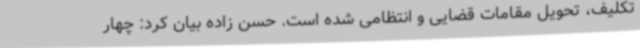
تکلیف، تحویل مقامات قضایی و انتظامی شده است. حسن زاده بیان کرد: چهار